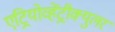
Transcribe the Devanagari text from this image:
एट्रियोव्हेंट्रीक्युलर